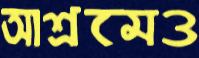
আশ্রমেও